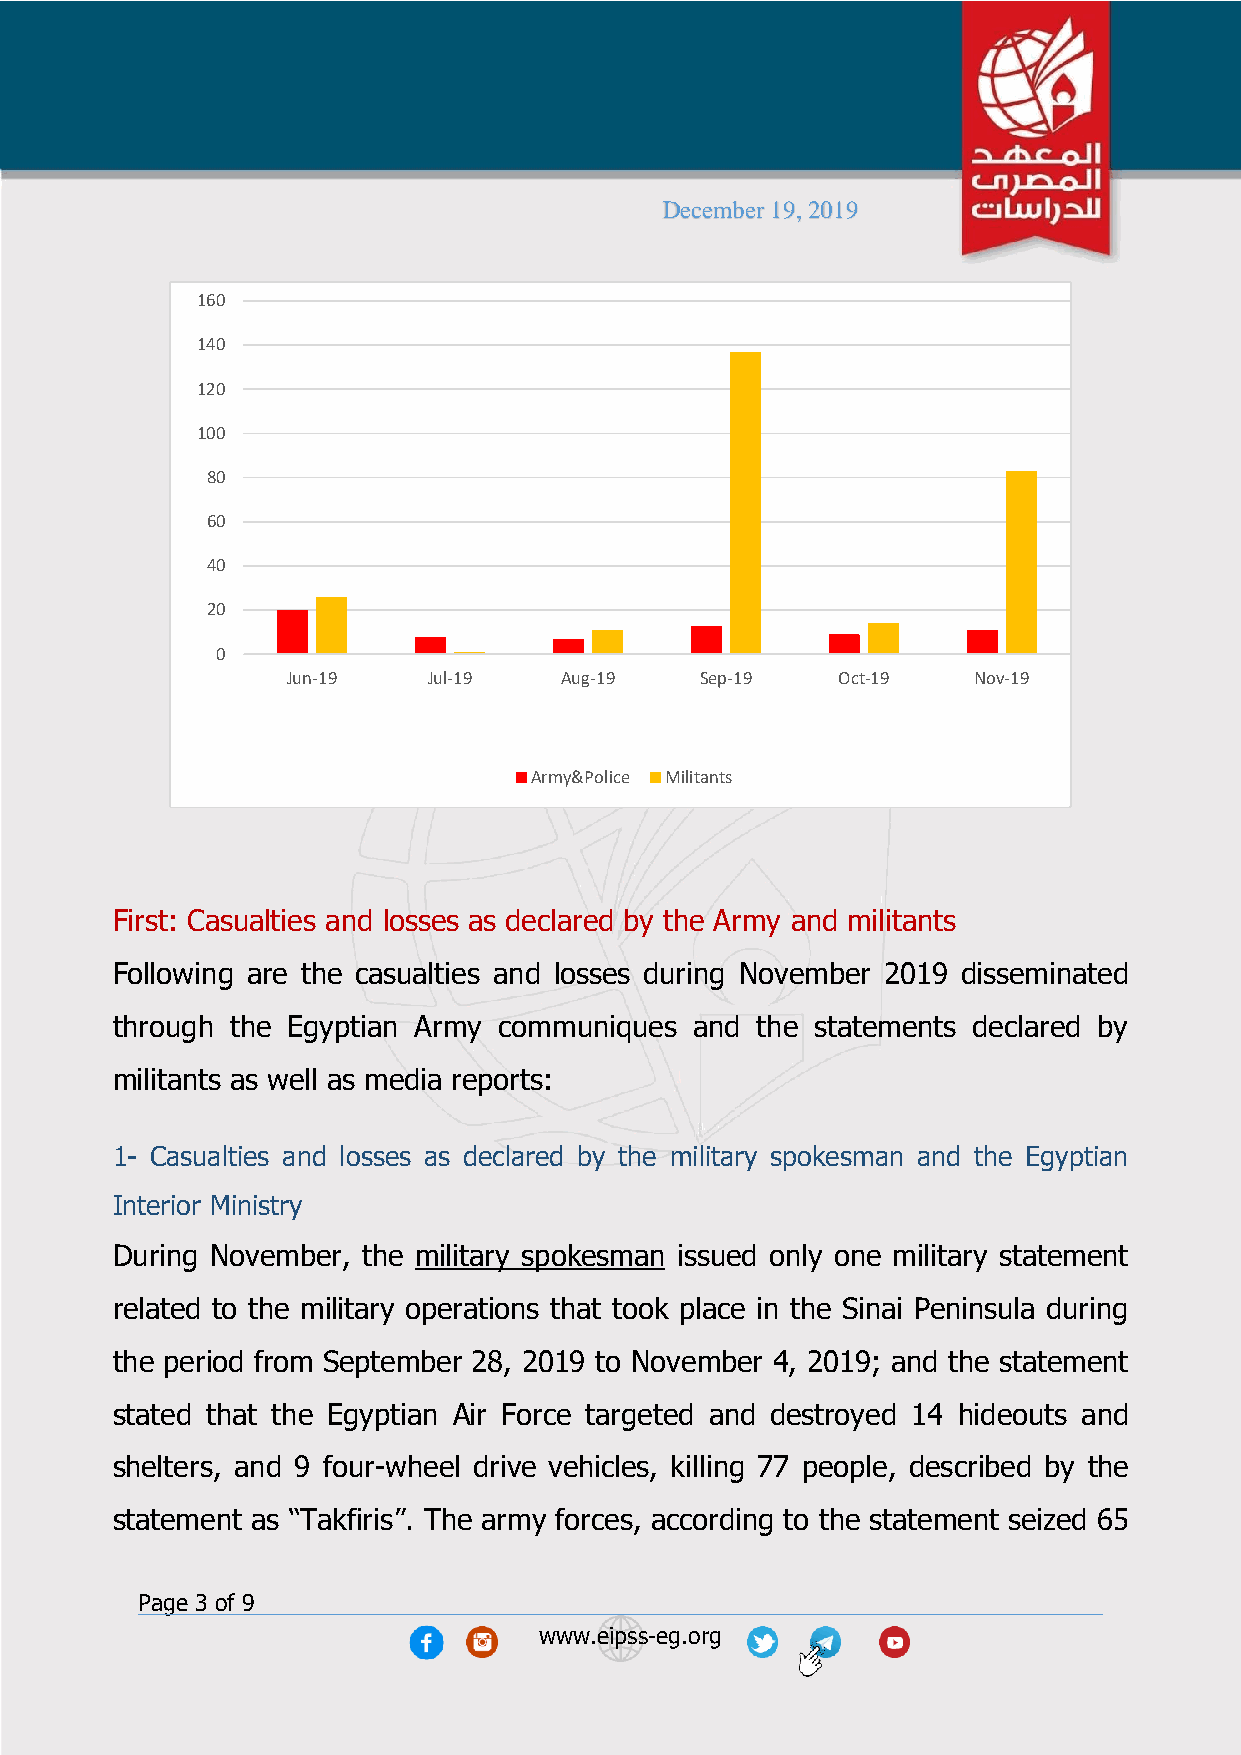
December 19, 2019
 160
 140
 120
 100
 80
 60
 40
 20
 0
 Jun-19   Jul-19   Aug-19   Sep-19   Oct-19   Nov-19
 Army&Police Militants
 First: Casualties and losses as declared by the Army and militants
 Following are the casualties and losses during November 2019 disseminated
 through the Egyptian Army communiques  and the statements declared by
 militants as well as media reports:
 1- Casualties and losses as declared by the military spokesman and the Egyptian
 Interior Ministry
 During November, the military spokesman issued only one military statement
 related to the military operations that took place in the Sinai Peninsula during
 the period from September 28, 2019 to November 4, 2019; and the statement
 stated that the Egyptian Air Force targeted and destroyed 14 hideouts and
 shelters, and 9 four-wheel drive vehicles, killing 77 people, described by the
 statement as “Takfiris”. The army forces, according to the statement seized 65
 Page 3 of 9
 www.eipss-eg.org